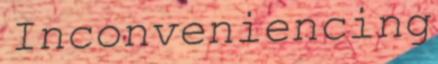
Inconveniencing